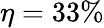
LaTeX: \eta=33\%